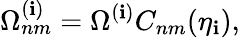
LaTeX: \Omega_{nm}^{(\mathbf{i})}=\Omega^{(\mathbf{i})}C_{nm}(\eta_{\mathbf{i}}),